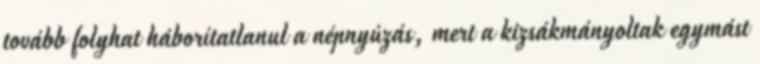
tovább folyhat háborítatlanul a népnyúzás, mert a kizsákmányoltak egymást